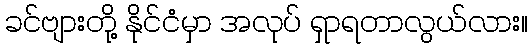
ခင်ဗျားတို့ နိုင်ငံမှာ အလုပ် ရှာရတာလွယ်လား။